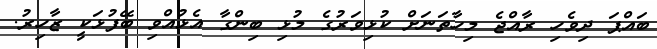
ބައްޕަ ދިވެހި ރާއްޖެ މިހާތަނަށް ކުޅިވަރުގެ މުޅި ބިންގާ އެޅުއްވި ބޭފުޅަކީ ޒާހިރު.